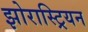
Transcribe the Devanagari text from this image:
झोरास्ट्रियन